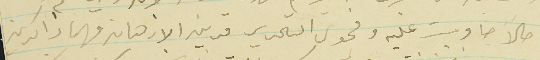
حالاً جاوبت عليه وفحوى التحرير قرين الازهان فهما ذاكرين